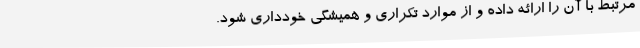
مرتبط با آن را ارائه داده و از موارد تکراری و همیشگی خودداری شود.